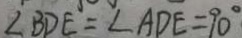
\angle B D E = \angle A D E = 9 0 ^ { \circ }